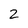
Character: 2